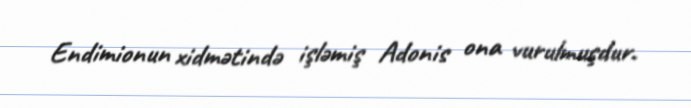
Endimionun xidmətində işləmiş Adonis ona vurulmuşdur.